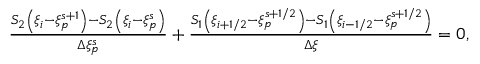
\begin{array} { r } { \frac { S _ { 2 } \left( \xi _ { i } - \xi _ { p } ^ { s + 1 } \right) - S _ { 2 } \left( \xi _ { i } - \xi _ { p } ^ { s } \right) } { \Delta \xi _ { p } ^ { s } } + \frac { S _ { 1 } \left( \xi _ { i + 1 / 2 } - \xi _ { p } ^ { s + 1 / 2 } \right) - S _ { 1 } \left( \xi _ { i - 1 / 2 } - \xi _ { p } ^ { s + 1 / 2 } \right) } { \Delta \xi } = 0 , } \end{array}